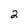
Character: 2